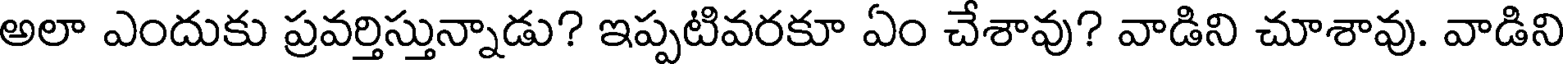
అలా ఎందుకు ప్రవర్తిస్తున్నాడు? ఇప్పటివరకూ ఏం చేశావు? వాడిని చూశావు. వాడిని